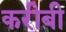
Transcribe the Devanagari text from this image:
करीबी